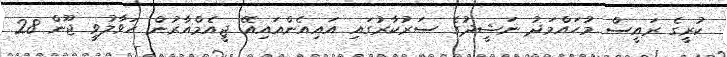
ކުރީގެ ރައީސް މުހައްމަދު ނަޝީދުގެ ސަރުކާރުގައި އައިއެންއައިއޭ ޖީއެމްއާރުން ހަވާލުވީ ޖޫން 28